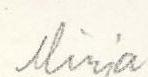
Mirja